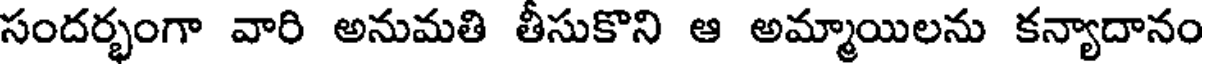
సందర్భంగా వారి అనుమతి తీసుకొని ఆ అమ్మాయిలను కన్యాదానం